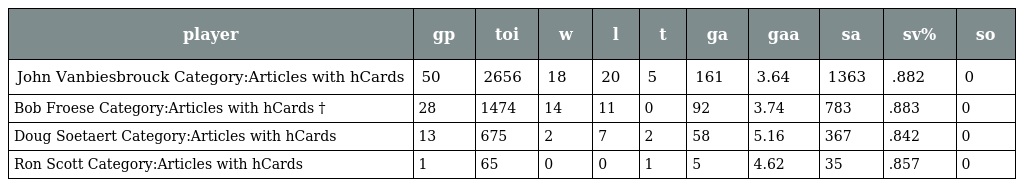
| player | gp | toi | w | l | t | ga | gaa | sa | sv% | so |
 | --- | --- | --- | --- | --- | --- | --- | --- | --- | --- | --- |
 | John Vanbiesbrouck Category:Articles with hCards | 50 | 2656 | 18 | 20 | 5 | 161 | 3.64 | 1363 | .882 | 0 |
 | Bob Froese Category:Articles with hCards † | 28 | 1474 | 14 | 11 | 0 | 92 | 3.74 | 783 | .883 | 0 |
 | Doug Soetaert Category:Articles with hCards | 13 | 675 | 2 | 7 | 2 | 58 | 5.16 | 367 | .842 | 0 |
 | Ron Scott Category:Articles with hCards | 1 | 65 | 0 | 0 | 1 | 5 | 4.62 | 35 | .857 | 0 |